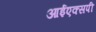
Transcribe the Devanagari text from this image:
आईएक्सपी